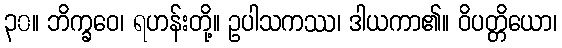
၃၀။ ဘိက္ခဝေ၊ ရဟန်းတို့။ ဥပါသကဿ၊ ဒါယကာ၏။ ဝိပတ္တိယော၊